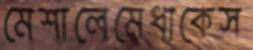
মেশালেমেধাকেস